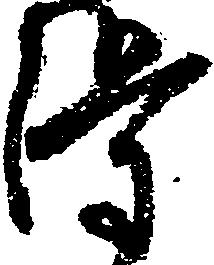
得